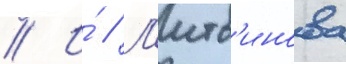
// И́ // Л'итв'инова